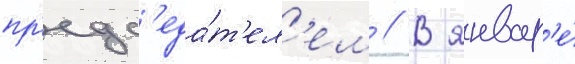
пр'едс'еда́т'ел'ем // В январ'е́